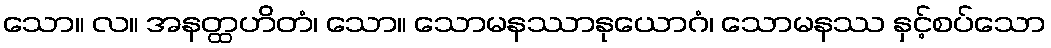
သော။ လ။ အနတ္ထဟိတံ၊ သော။ သောမနဿာနုယောဂံ၊ သောမနဿ နှင့်စပ်သော